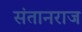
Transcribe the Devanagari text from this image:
संतानराज